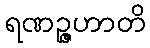
ရဏဉ္ဇဟာတိ